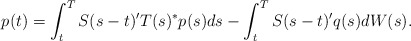
\begin{align*}p(t) = \int_t^T S(s-t)'T(s)^*p(s)ds - \int_t^T S(s-t)'q(s)dW(s).\end{align*}